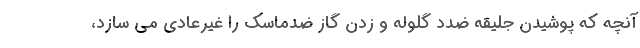
آنچه که پوشیدن جلیقه ضدد گلوله و زدن گاز ضدماسک را غیرعادی می سازد،